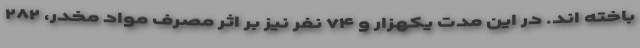
باخته اند. در این مدت یکهزار و ۷۴ نفر نیز بر اثر مصرف مواد مخدر، ۲۸۲